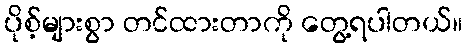
ပိုစ့်များစွာ တင်ထားတာကို တွေ့ရပါတယ်။